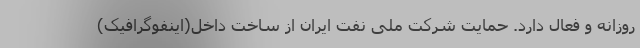
روزانه و فعال دارد. حمایت شرکت ملی نفت ایران از ساخت داخل(اینفوگرافیک)